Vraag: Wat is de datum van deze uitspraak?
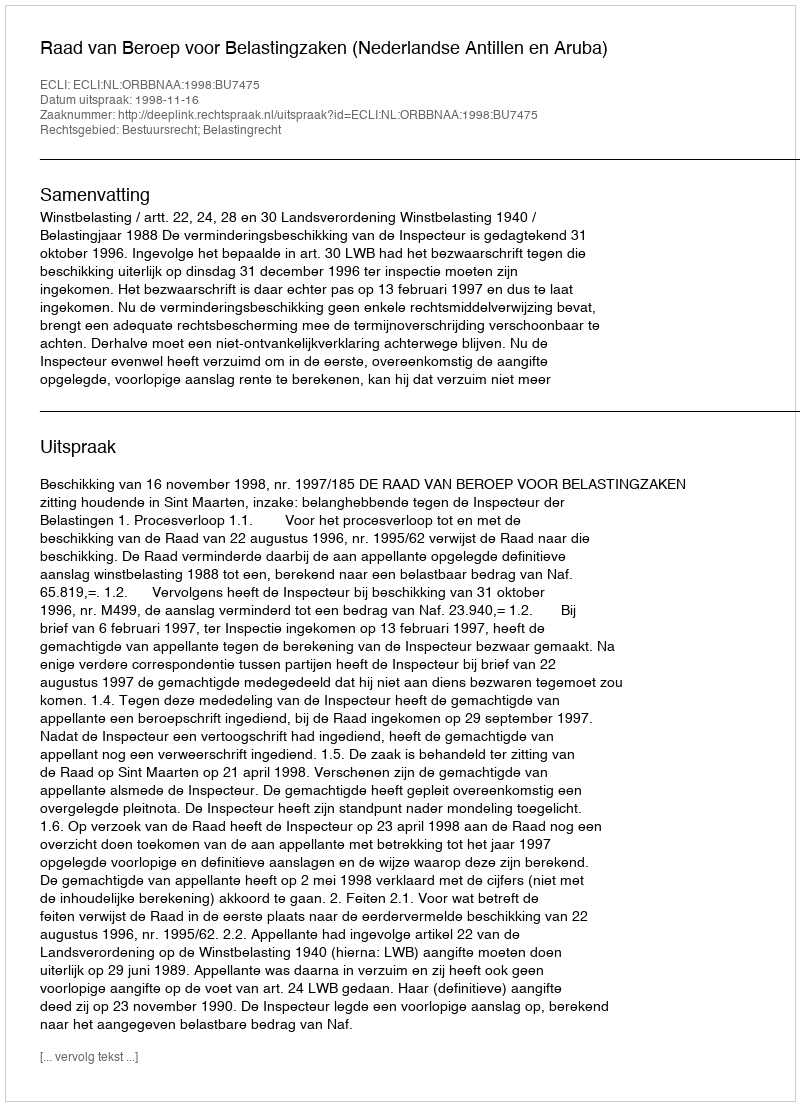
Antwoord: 1998-11-16